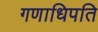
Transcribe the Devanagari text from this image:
गणाधिपति